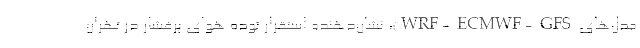
مدل‌های WRF- ECMWF- GFS)، نشان‌دهنده استقرار توده هوای پرفشار در تهران